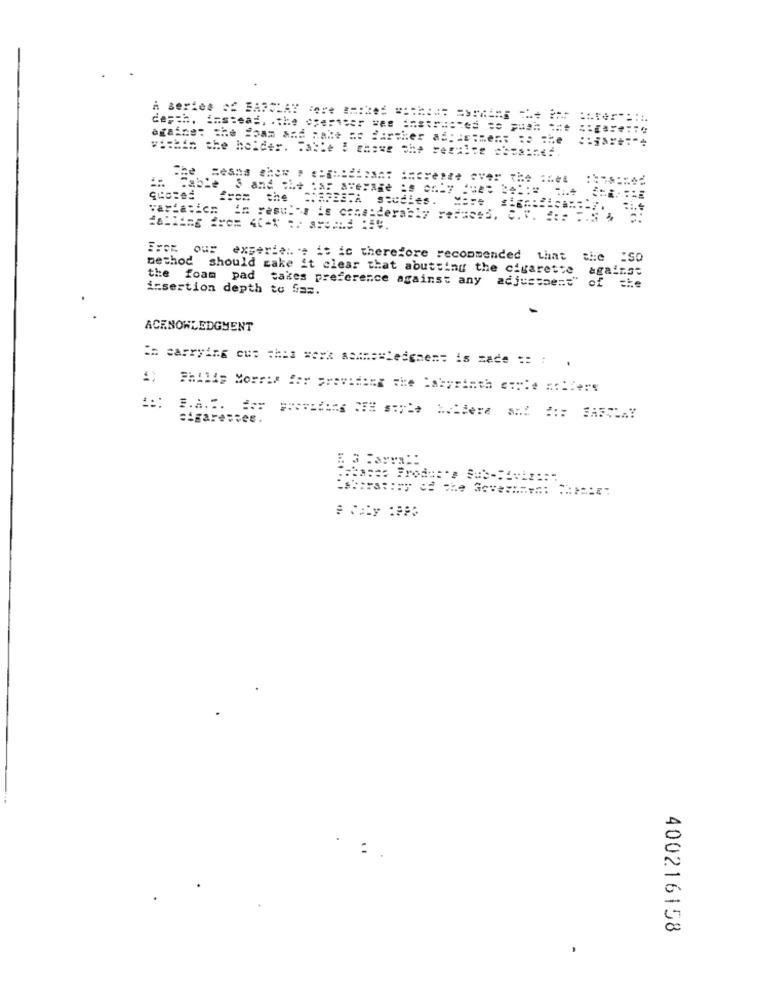
depth. instead, . the Cerise:
againe: the Foam and ;. ale as farther as: : sime
The
Zesna
5 and the car average :s on-y
from the CAPESTA seccies.
our experience is ic therefore recommended that
bethod should make it clear that abutting the cigarette
against
the foam pad takes preference against any adjustment" of the
insertion depth to f ==.
ACKNOWLEDGMENT
in carrying cus this work asa === ledgnent is zade :: : .
Philip Morris for providing the Labyrinth corte no !! ere
::: S.A.T. ===
cigarettes.
400216158